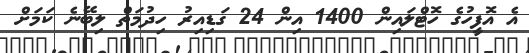
އެ އޮފީހުގެ ހޮޓްލައިން 1400 އިން 24 ގަޑިއިރު ހިދުމަތް ލިބޭނެ ކަމަށް